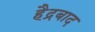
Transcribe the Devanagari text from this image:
हैद्रबाद